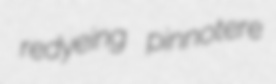
redyeing pinnotere